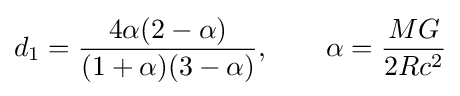
d_{1}={\frac {4\alpha (2-\alpha )}{(1+\alpha )(3-\alpha )}},\qquad \alpha ={\frac {MG}{2Rc^{2}}}